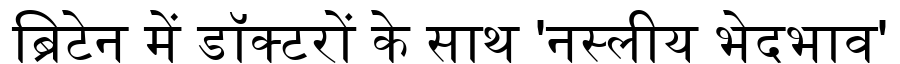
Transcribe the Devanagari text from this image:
ब्रिटेन में डॉक्टरों के साथ 'नस्लीय भेदभाव'